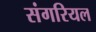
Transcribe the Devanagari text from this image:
संगरियल